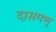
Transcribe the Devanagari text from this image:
दासगणु